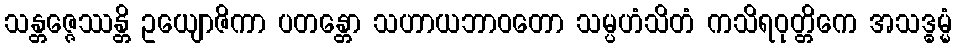
သန္တဇ္ဇေဿန္တိ ဥယျောဇိကာ ပတန္တော သဟာယဘာဝတော သမ္ပဟံသိတံ ကသိရဝုတ္တိကေ အသဒ္ဓမ္မံ